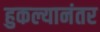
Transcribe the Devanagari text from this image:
हुकल्यानंतर